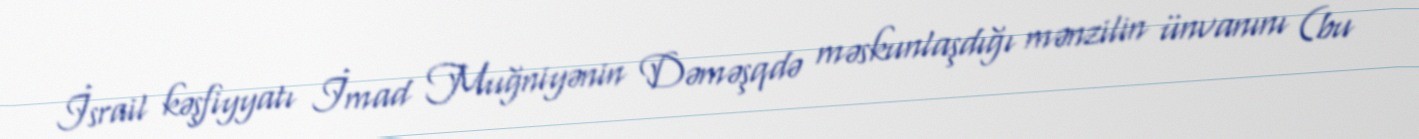
İsrail kəşfiyyatı İmad Muğniyənin Dəməşqdə məskunlaşdığı mənzilin ünvanını (bu